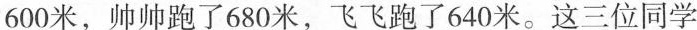
600米，帅帅跑了680米，飞飞跑了640米。这三位同学